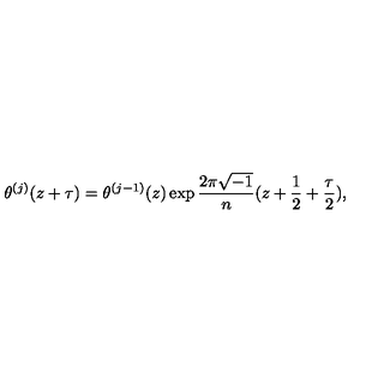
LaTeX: \theta ^ { ( j ) } ( z + \tau ) = \theta ^ { ( j - 1 ) } ( z ) \exp \frac { 2 \pi \sqrt { - 1 } } { n } ( z + \frac { 1 } { 2 } + \frac { \tau } { 2 } ) ,